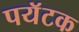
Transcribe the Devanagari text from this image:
पयॅटक